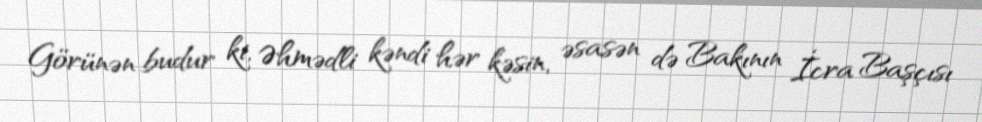
Görünən budur ki, Əhmədli kəndi hər kəsin, əsasən də Bakının İcra Başçısı